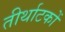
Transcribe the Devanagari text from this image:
तीर्थाटकों